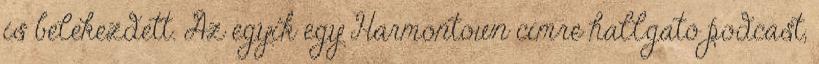
is belekezdett. Az egyik egy Harmontown címre hallgató podcast,